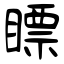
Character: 瞟